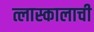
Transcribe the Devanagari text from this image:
त्लास्कालाची